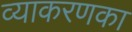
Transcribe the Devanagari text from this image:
व्याकरणका